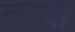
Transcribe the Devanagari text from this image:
कस्बी